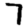
Digit: 7